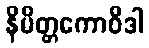
နိမိတ္တကောဝိဒါ